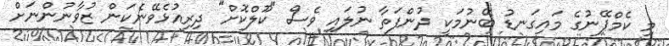
މި ކެމްޕޭނުގެ މައިގަނޑު ބޭނުމަކީ ދުންފަތާ ނުލައި ވެސް "ކޫލްކޮށް" ދިރިއުޅެވޭނެކަން ޒުވާނުންނަށް